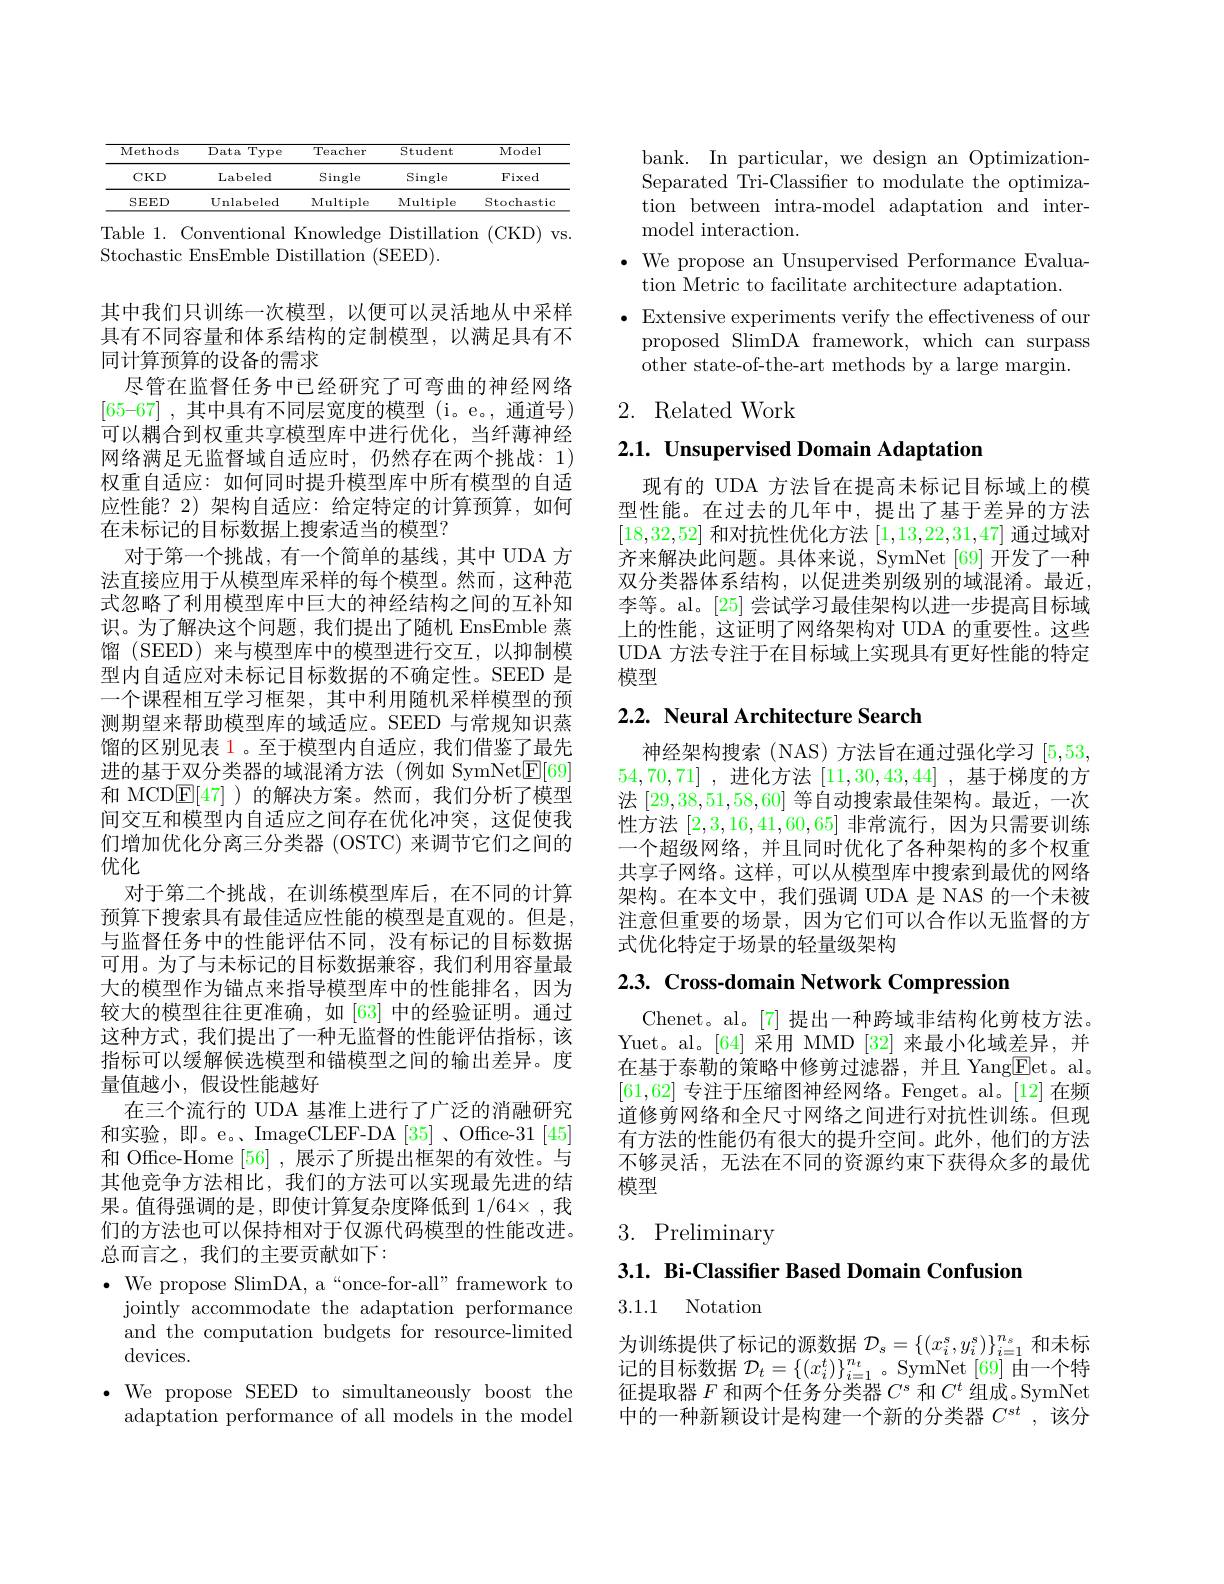
<table>
	<tbody>
		<tr>
			<th>Methods</th>
			<th>Type Data</th>
			<th>Teacher</th>
			<th>Student</th>
			<th>Model</th>
		</tr>
		<tr>
			<td>$CKD$</td>
			<td>Labeled</td>
			<td>Single</td>
			<td>Single</td>
			<td>Fixed</td>
		</tr>
		<tr>
			<td>SEED</td>
			<td>$\mathbf{Unlabeled}$</td>
			<td>Multiple</td>
			<td>Multiple</td>
			<td>Stochastic</td>
		</tr>
	</tbody>
</table>

Table 1. Conventional Knowledge Distillation (CKD) vs.
Stochastic EnsEmble Distillation (SEED).

其中我们只训练一次模型，以便可以灵活地从中采样具有不同容量和体系结构的定制模型，以满足具有不同计算预算的设备的需求
尽管在监督任务中已经研究了可弯曲的神经网络$[ 65– 67]$ ,其中具有不同层宽度的模型 (i。e。, 通道号) 可以耦合到权重共享模型库中进行优化，当纤薄神经网络满足无监督域自适应时，仍然存在两个挑战：1) 权重自适应：如何同时提升模型库中所有模型的自适应性能？2)架构自适应：给定特定的计算预算，如何在末标记的目标数据上搜索适当的模型？
对于第一个挑战，有一个简单的基线，其中 UDA 方法直接应用于从模型库采样的每个模型。然而，这种范式忽略了利用模型库中巨大的神经结构之间的互补知识。为了解决这个问题，我们提出了随机 EnsEmble 蒸馏 (SEED) 来与模型库中的模型进行交互，以抑制模型内自适应对未标记目标数据的不确定性。SEED 是一个课程相互学习框架，其中利用随机采样模型的预测期望来帮助模型库的域适应。SEED 与常规知识蒸馏的区别见表 1。至于模型内自适应，我们借鉴了最先进的基于双分类器的域混淆方法(例如 SymNet$\boxed{\mathrm{E}}[69]$ 和 MCDE[47] )的解决方案。然而，我们分析了模型间交互和模型内自适应之间存在优化冲突，这促使我们增加优化分离三分类器 (OSTC) 来调节它们之间的优化
对于第二个挑战，在训练模型库后，在不同的计算预算下搜索具有最佳适应性能的模型是直观的。但是， 与监督任务中的性能评估不同，没有标记的目标数据可用。为了与未标记的目标数据兼容，我们利用容量最大的模型作为锚点来指导模型库中的性能排名，因为较大的模型往往更准确，如[63]中的经验证明。通过这种方式，我们提出了一种无监督的性能评估指标，该指标可以缓解候选模型和锚模型之间的输出差异。度量值越小，假设性能越好
在三个流行的 UDA 基准上进行了广泛的消融研究和实验，即。e。、ImageCLEF-DA[35]、Office-31[45] 和 Office-Home [56] ,展示了所提出框架的有效性。与其他竞争方法相比，我们的方法可以实现最先进的结果。值得强调的是，即使计算复杂度降低到 1/64×,我们的方法也可以保持相对于仅源代码模型的性能改进。总而言之，我们的主要贡献如下：
$\bullet$ We propose SlimDA, a“once-for-all”framework to jointly accommodate the adaptation performance and the computation budgets for resource-limited $\operatorname{devices.}$
$\bullet$ We propose SEED to simultaneously boost the

adaptation performance of all models in the model

bank. In particular, we design an OptimizationSeparated Tri-Classifier to modulate the optimization between intra-model adaptation and intermodel interaction.
$\bullet$ We propose an Unsupervised Performance Evalua-
tion Metric to facilitate architecture adaptation.
$\bullet$ Extensive experiments verify the effectiveness of our
proposed SlimDA framework, which can surpass
other state-of-the-art methods by a large margin.

2. Related Work

2.1. Unsupervised Domain Adaptation

现有的 UDA 方法旨在提高未标记目标域上的模型性能。在过去的几年中，提出了基于差异的方法[18,32,52]和对抗性优化方法[1,13,22,31,47]通过域对齐来解决此问题。具体来说，SymNet[69] 开发了一种双分类器体系结构，以促进类别级别的域混淆。最近李等。al。[25] 尝试学习最佳架构以进一步提高目标域上的性能，这证明了网络架构对 UDA 的重要性。这些UDA 方法专注于在目标域上实现具有更好性能的特定模型

## 2.2. Neural Architecture Search

神经架构搜索(NAS)方法旨在通过强化学习[5,53, 54,70,71] ,进化方法[11,30,43,44] ,基于梯度的方法[29,38,51,58,60]等自动搜索最佳架构。最近，一次性方法[2,3,16,41,60,65]非常流行，因为只需要训练一个超级网络，并且同时优化了各种架构的多个权重共享子网络。这样，可以从模型库中搜索到最优的网络架构。在本文中，我们强调 UDA 是 NAS 的一个未被注意但重要的场景，因为它们可以合作以无监督的方式优化特定于场景的轻量级架构

2.3. Cross-domain Network Compression

Chenet。al。[7] 提出一种跨域非结构化剪枝方法。Yuet。al。[64] 采用 MMD [32] 来最小化域差异，并在基于泰勒的策略中修剪过滤器，并且 Yang$\boxed{\mathrm{Fet}}$。al。[61,62]专注于压缩图神经网络。Fenget。al。[12] 在频道修剪网络和全尺寸网络之间进行对抗性训练。但现有方法的性能仍有很大的提升空间。此外，他们的方法不够灵活，无法在不同的资源约束下获得众多的最优模型

3. Preliminary

3.1. Bi-Classifier Based Domain Confusion

3.1.1 Notation

为训练提供了标记的源数据$\mathcal{D}_s=\left\{(x_i^s,y_i^s)\right\}_{i=1}^{n_s}$和未标记的目标数据$\mathcal{D}_t=\{(x_i^t)\}_{i=1}^{n_t}$。SymNet[69]由一个特征提取器$F$和两个任务分类器$C^s$和$C^t$组成。SymNet 中的一种新颖设计是构建一个新的分类器$C^{st}$,该分